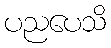
ပညပေသိ